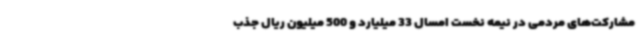
مشارکت‌های مردمی در نیمه نخست امسال 33 میلیارد و 500 میلیون ریال جذب